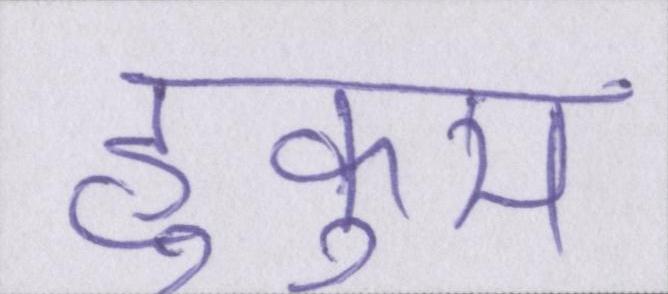
हुकुम